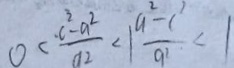
0 < \frac { \cdot c ^ { 3 } - a ^ { 2 } } { a ^ { 2 } } < 1 \frac { a ^ { 2 } - c ^ { 2 } } { q ^ { 2 } } < 1